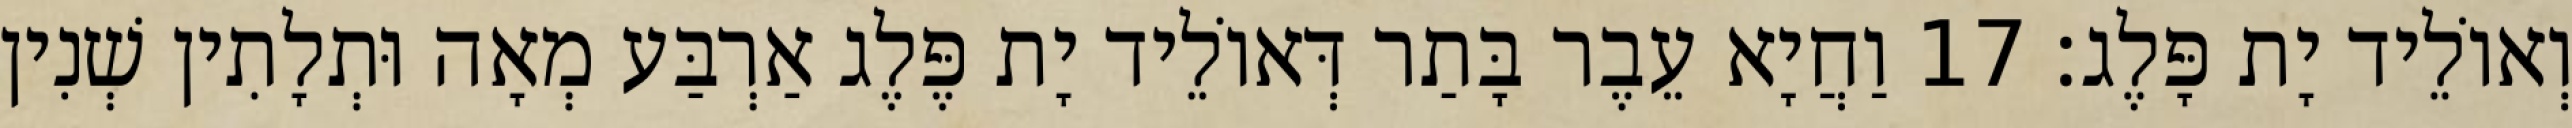
וְאוֹלֵיד יָת פָּלֶג׃ 17 וַחֲיָא עֵבֶר בָּתַר דְּאוֹלֵיד יָת פֶּלֶג אַרְבַּע מְאָה וּתְלָתִין שְׁנִין